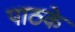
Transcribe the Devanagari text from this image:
पाठके